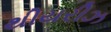
થીયરીઝ